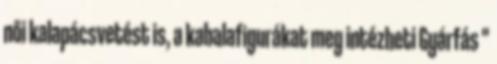
női kalapácsvetést is, a kabalafigurákat meg intézheti Gyárfás "